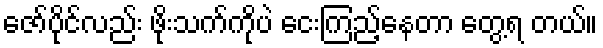
ဇော်ပိုင်လည်း ဖိုးသက်ကိုပဲ ငေးကြည့်နေတာ တွေ့ရ တယ်။